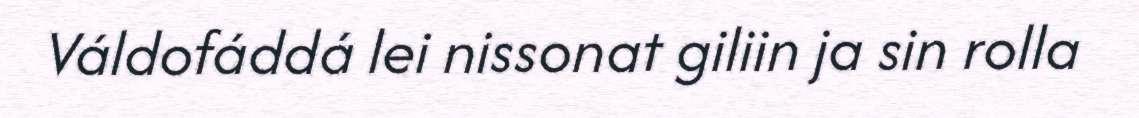
Váldofáddá lei nissonat giliin ja sin rolla